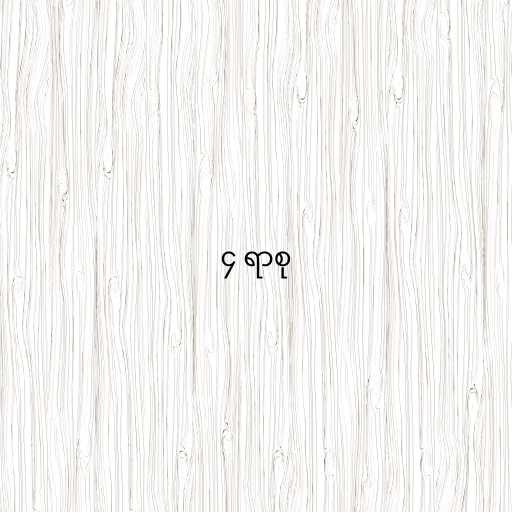
၄ ရာစု